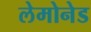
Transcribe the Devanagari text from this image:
लेमोनेड